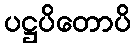
ပဋ္ဌပိတောပိ